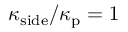
\kappa _ { \mathrm { s i d e } } / \kappa _ { \mathrm { p } } = 1